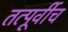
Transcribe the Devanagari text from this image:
तत्पूर्वीच